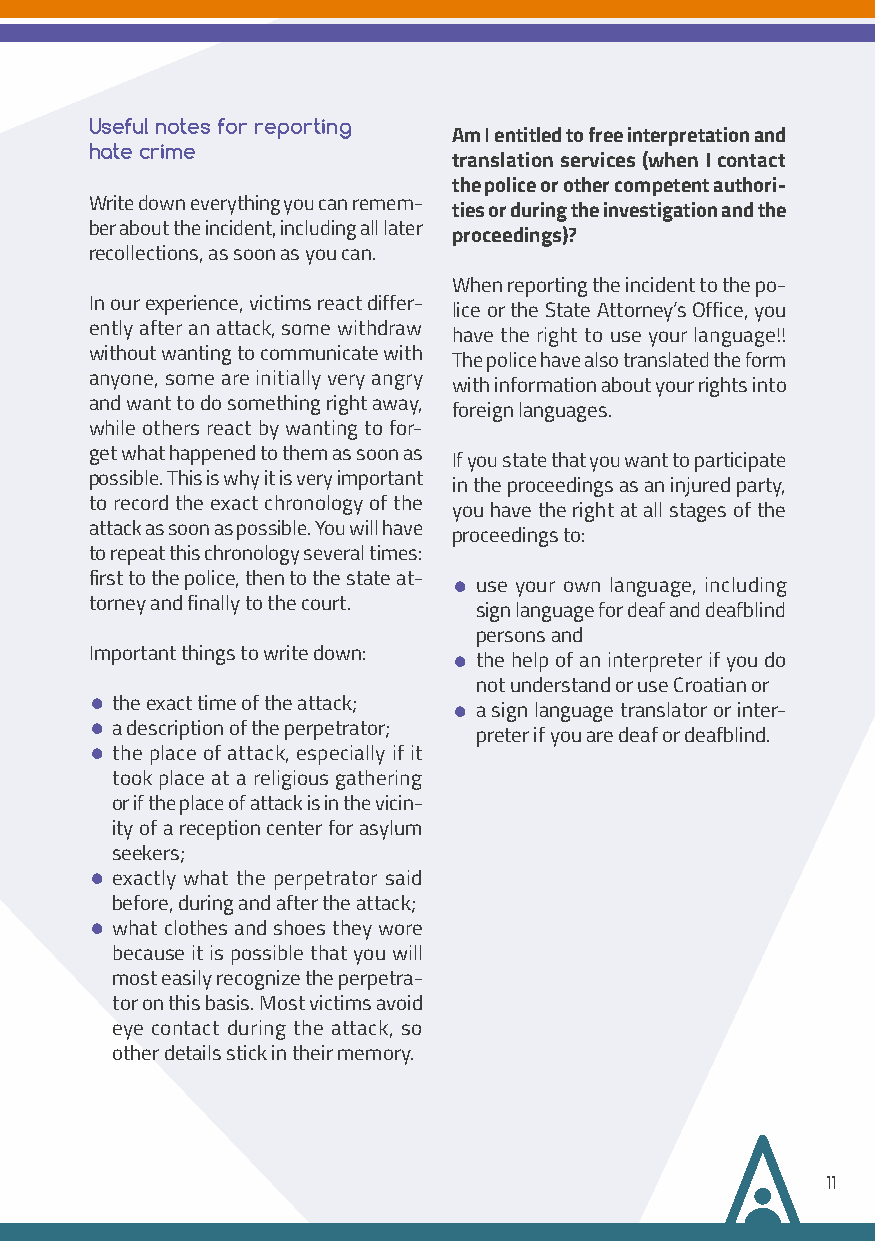
Useful notes for reporting
 Am I entitled to free interpretation and
 hate crime
 translation services (when I contact
 the police or other competent authori-
 Write down everything you can remem-
 ties or during the investigation and the
 ber about the incident, including all later
 proceedings)?
 recollections, as soon as you can.
 When reporting the incident to the po-
 In our experience, victims react differ-
 lice or the State Attorney’s Office, you
 ently after an attack, some withdraw
 have the right to use your language!!
 without wanting to communicate with
 The police have also translated the form
 anyone, some are initially very angry
 with information about your rights into
 and want to do something right away,
 foreign languages.
 while others react by wanting to for-
 get what happened to them as soon as
 If you state that you want to participate
 possible. This is why it is very important
 in the proceedings as an injured party,
 to record the exact chronology of the
 you have the right at all stages of the
 attack as soon as possible. You will have
 proceedings to:
 to repeat this chronology several times:
 first to the police, then to the state at- •
 use your own language, including
 torney and finally to the court.
 sign language for deaf and deafblind
 persons and
 Important things to write down: •
 the help of an interpreter if you do
 not understand or use Croatian or
 •
 the exact time of the attack; •
 a sign language translator or inter-
 •
 a description of the perpetrator;
 preter if you are deaf or deafblind.
 •
 the place of attack, especially if it
 took place at a religious gathering
 or if the place of attack is in the vicin-
 ity of a reception center for asylum
 seekers;
 •
 exactly what the perpetrator said
 before, during and after the attack;
 •
 what clothes and shoes they wore
 because it is possible that you will
 most easily recognize the perpetra-
 tor on this basis. Most victims avoid
 eye contact during the attack, so
 other details stick in their memory.
 11